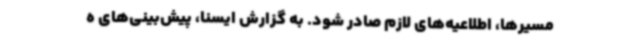
مسیرها، اطلاعیه‌های لازم صادر شود. به گزارش ایسنا، پیش‌بینی‌های ه